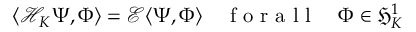
\langle \mathcal { H } _ { K } \Psi , \Phi \rangle = \mathcal { E } \langle \Psi , \Phi \rangle \quad \mathrm { ~ f ~ o ~ r ~ a ~ l ~ l ~ } \quad \Phi \in \mathfrak { H } _ { K } ^ { 1 }